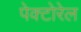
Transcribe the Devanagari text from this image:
पेक्टोरेल